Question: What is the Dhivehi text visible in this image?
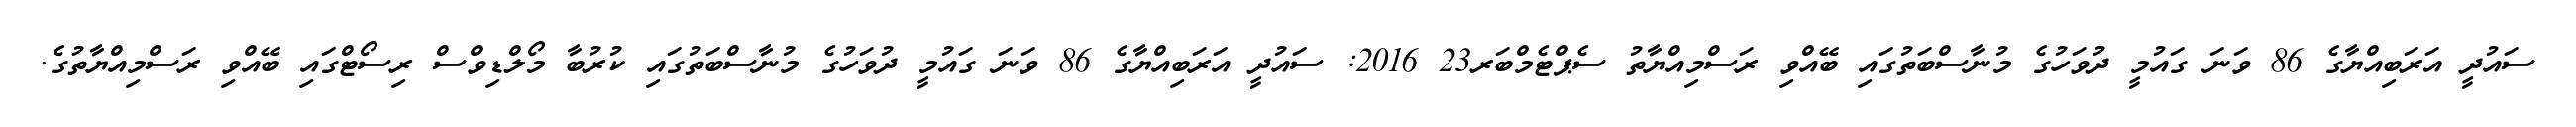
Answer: ސައުދީ އަރަބިއްޔާގެ 86 ވަނަ ގައުމީ ދުވަހުގެ މުނާސްބަތުގައި ބޭއްވި ރަސްމިއްޔާތު ސެޕްޓެމްބަރ23 2016: ސައުދީ އަރަބިއްޔާގެ 86 ވަނަ ގައުމީ ދުވަހުގެ މުނާސްބަތުގައި ކުރުބާ މޯލްޑިވްސް ރިސޯޓްގައި ބޭއްވި ރަސްމިއްޔާތުގެ.